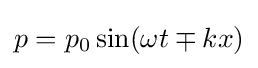
p=p_{0}\sin(\omega t\mp kx)